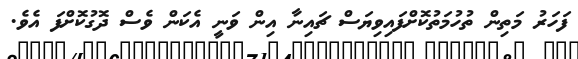
ފަހަރު މަތިން ތުހުމަތުކޮށްފައިވިޔަސް ޗައިނާ އިން ވަނީ އެކަން ވެސް ދޮގުކޮށްފަ އެވެ.